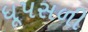
ધૂપસળી